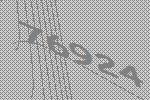
76924